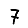
Digit: 7